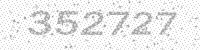
Solution: 352727